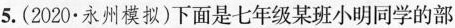
5.(2020永州模拟)下面是七年级某班小明同学的部